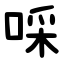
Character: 啋